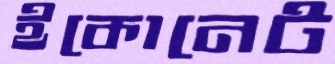
ইকোনেট